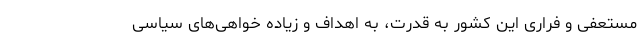
مستعفی و فراری این کشور به قدرت، به اهداف و زیاده خواهی‌های سیاسی